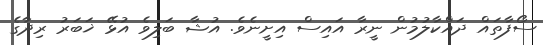
ސޯފާތައް ދައްކާލުމުން ނީރާ އައިސް އިށީނެވެ. އުޝާ ބަލިވެ އުޅޭ ޚަބަރު ރިދާގެ